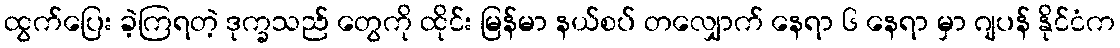
ထွက်ပြေး ခဲ့ကြရတဲ့ ဒုက္ခသည် တွေကို ထိုင်း မြန်မာ နယ်စပ် တလျှောက် နေရာ ၆ နေရာ မှာ ဂျပန် နိုင်ငံက